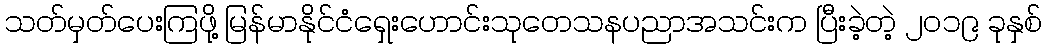
သတ်မှတ်ပေးကြဖို့ မြန်မာနိုင်ငံရှေးဟောင်းသုတေသနပညာအသင်းက ပြီးခဲ့တဲ့ ၂၀၁၉ ခုနှစ်